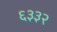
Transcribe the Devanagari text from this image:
६३३२